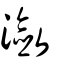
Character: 瀲